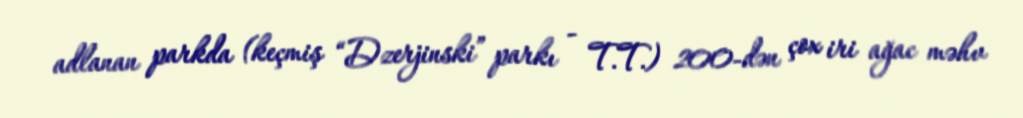
adlanan parkda (keçmiş “Dzerjinski” parkı - T.T.) 200-dən çox iri ağac məhv